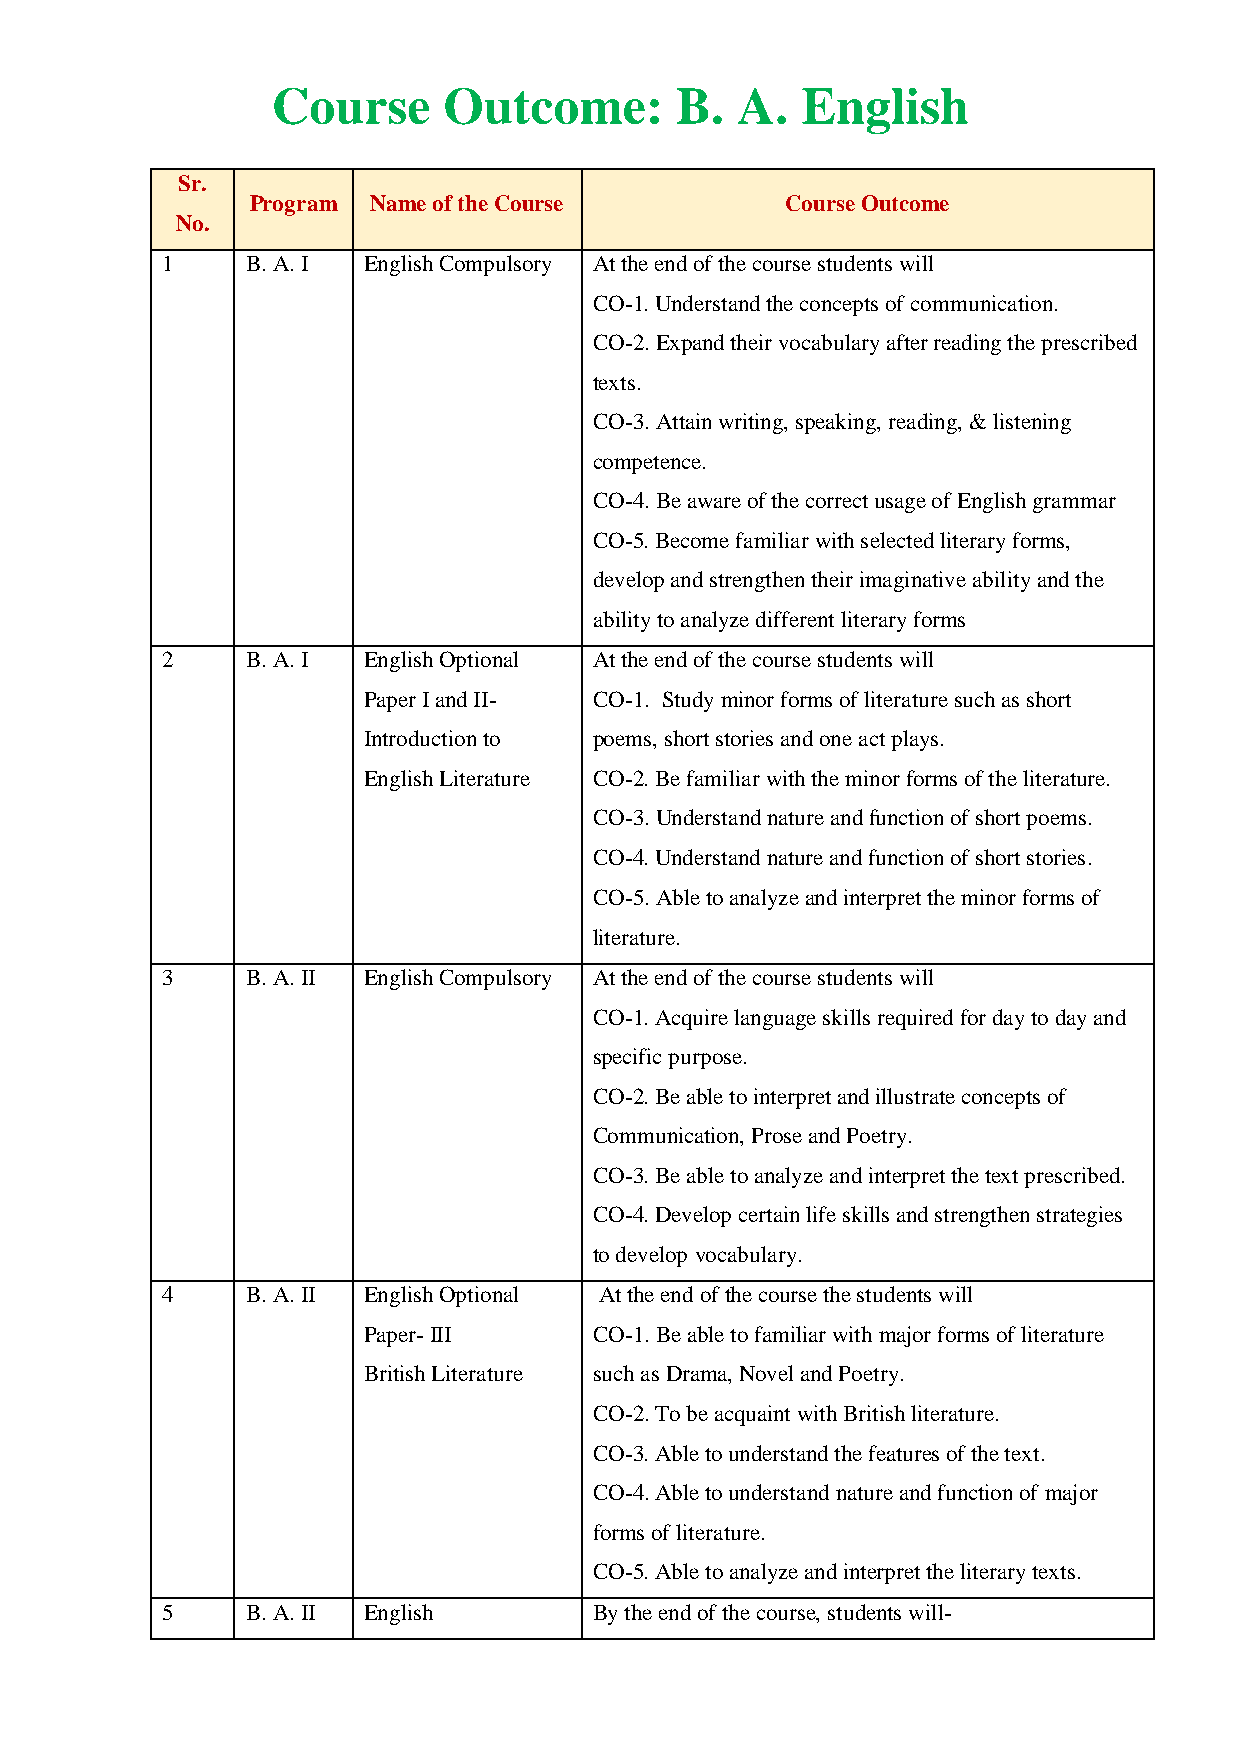
Course     Outcome:        B.  A.  English
 Sr.
 Program Name of the Course         Course Outcome
 No.
 1    B. A. I English Compulsory At the end of the course students will
 CO-1. Understand the concepts of communication.
 CO-2. Expand their vocabulary after reading the prescribed
 texts.
 CO-3. Attain writing, speaking, reading, & listening
 competence.
 CO-4. Be aware of the correct usage of English grammar
 CO-5. Become familiar with selected literary forms,
 develop and strengthen their imaginative ability and the
 ability to analyze different literary forms
 2    B. A. I English Optional At the end of the course students will
 Paper I and II- CO-1. Study minor forms of literature such as short
 Introduction to poems, short stories and one act plays.
 English Literature CO-2. Be familiar with the minor forms of the literature.
 CO-3. Understand nature and function of short poems.
 CO-4. Understand nature and function of short stories.
 CO-5. Able to analyze and interpret the minor forms of
 literature.
 3    B. A. II English Compulsory At the end of the course students will
 CO-1. Acquire language skills required for day to day and
 specific purpose.
 CO-2. Be able to interpret and illustrate concepts of
 Communication, Prose and Poetry.
 CO-3. Be able to analyze and interpret the text prescribed.
 CO-4. Develop certain life skills and strengthen strategies
 to develop vocabulary.
 4    B. A. II English Optional At the end of the course the students will
 Paper- III     CO-1. Be able to familiar with major forms of literature
 British Literature such as Drama, Novel and Poetry.
 CO-2. To be acquaint with British literature.
 CO-3. Able to understand the features of the text.
 CO-4. Able to understand nature and function of major
 forms of literature.
 CO-5. Able to analyze and interpret the literary texts.
 5    B. A. II English       By the end of the course, students will-